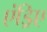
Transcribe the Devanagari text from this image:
एंड्रिए